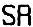
SR